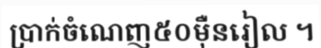
ប្រាក់ចំណេញ៥០ម៉ឺនរៀល ។